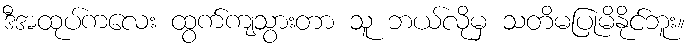
ဒီအထုပ်ကလေး ထွက်ကျသွားတာ သူ ဘယ်လိုမှ သတိမပြုမိနိုင်ဘူး။